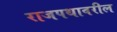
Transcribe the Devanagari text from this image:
राजपथावरील